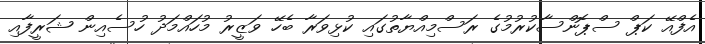
އެފްއޭ ކަޕް ސްޕޮންސާކުރުމުގެ ރަސްމިއްޔާތުގައި ކުޅިވަރާ ބެހޭ ވަޒީރު މުހައްމަދު ހުސެއިން ޝަރީފާއި